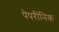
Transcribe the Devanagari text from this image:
पेपरीनिक